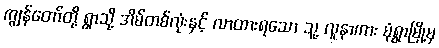
ကျွန်တော်တို့ ရွာသို့ အိမ်တစ်လုံးနှင့် လာထားရသော သူ့ လူနာကား မုံရွာမြို့မှ